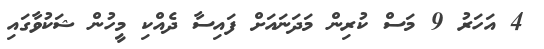
4 އަހަރު 9 މަސް ކުރިން މަދަނައަށް ފައިސާ ދެއްކި މީހުން ޝަކުވާގައި